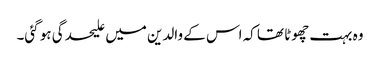
وہ بہت چھوٹا تھا کہ اس کے والدین میں علیحدگی ہو گئی۔